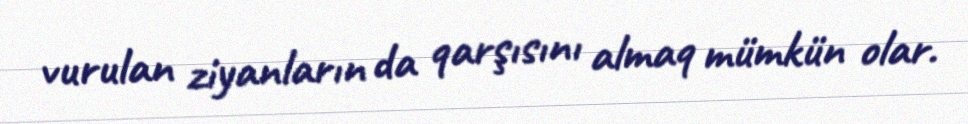
vurulan ziyanların da qarşısını almaq mümkün olar.